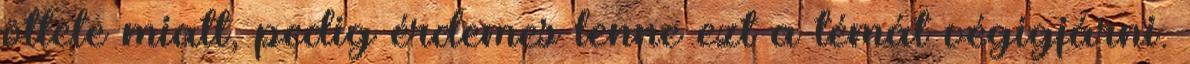
ötlete miatt, pedig érdemes lenne ezt a témát végigjárni.